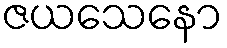
ဇယသေနော